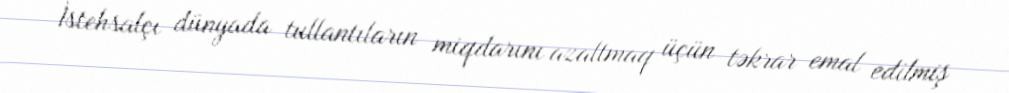
İstehsalçı dünyada tullantıların miqdarını azaltmaq üçün təkrar emal edilmiş